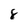
Character: 8